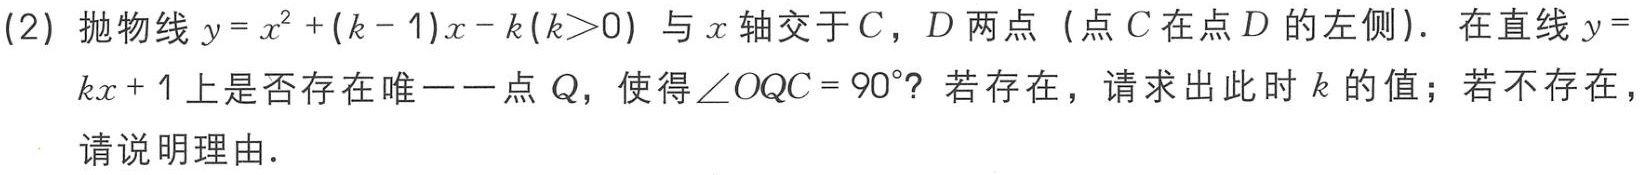
(2) 抛物线\(y = x^{2}+(k - 1)x - k(k>0)\)与\(x\)轴交于\(C\)，\(D\)两点（点\(C\)在点\(D\)的左侧）. 在直线\(y = kx + 1\)上是否存在唯一一点\(Q\)，使得\(\angle OQC = 90^{\circ}\)？若存在，请求出此时\(k\)的值；若不存在，请说明理由.